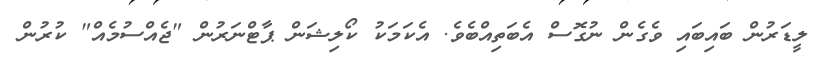
ލީޑަރުން ބައިބައި ވެގެން ނުގޮސް އެބަތިއްބެވެ. އެކަމަކު ކޯލިޝަން ޕާޓްނަރުން "ޖެއްސުމެއް" ކުރުން